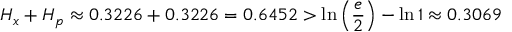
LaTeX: H _ { x } + H _ { p } \approx 0 . 3 2 2 6 + 0 . 3 2 2 6 = 0 . 6 4 5 2 > \ln \left( { \frac { e } { 2 } } \right) - \ln 1 \approx 0 . 3 0 6 9